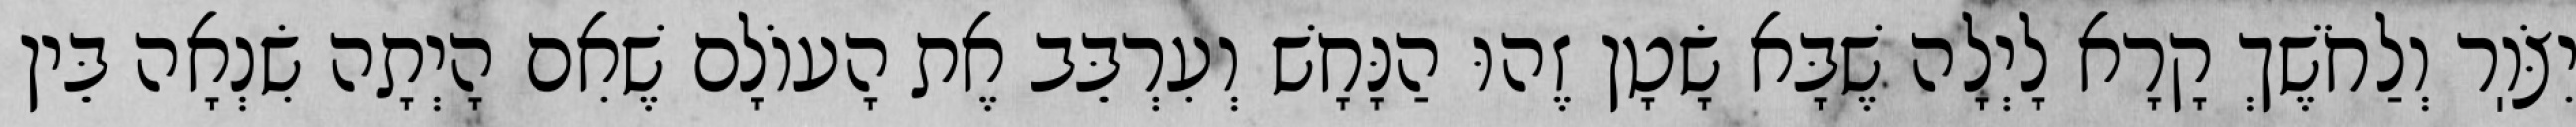
יִצֹּוֽר וְלַחֹשֶׁךְ קָרָא לָיְלָה שֶׁבָּא שָׂטָן זֶהוּ הַנָּחָשׁ וְעִרְבֵּב אֶת הָעוֹלָם שֶׁאִם הָיְתָה שִׂנְאָה בֵּין